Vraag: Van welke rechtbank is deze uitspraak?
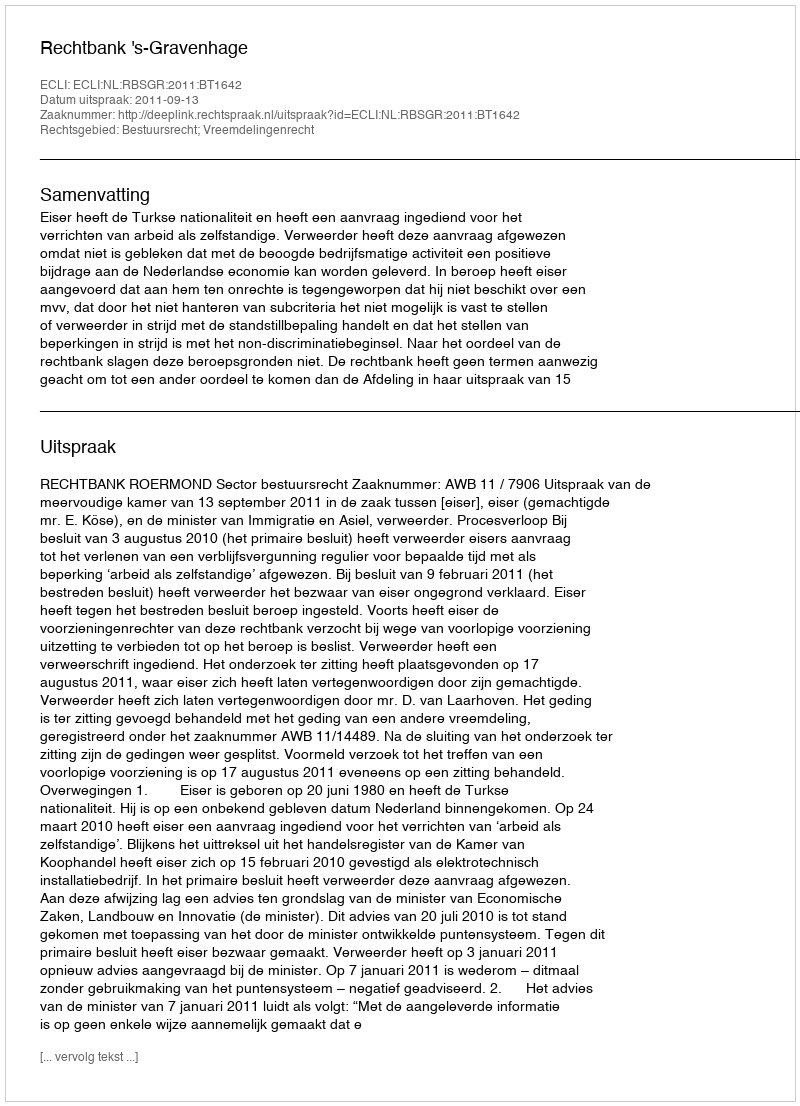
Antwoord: Rechtbank 's-Gravenhage